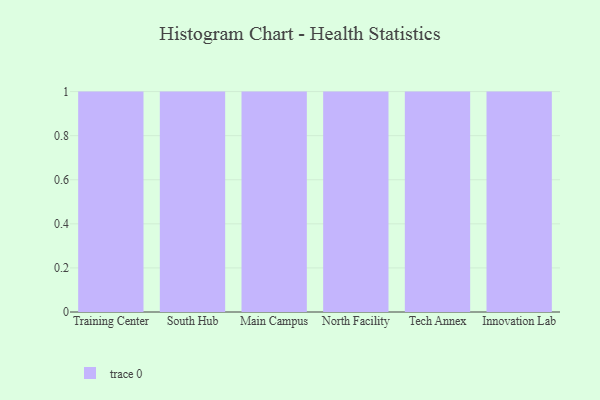
{"axis": {"x": "Campus", "y": "Energy Usage (MWh)"}, "legend": [""], "data": [{"x": "Training Center", "y": 65, "type": ""}, {"x": "South Hub", "y": 81, "type": ""}, {"x": "Main Campus", "y": 75, "type": ""}, {"x": "North Facility", "y": 2, "type": ""}, {"x": "Tech Annex", "y": 66, "type": ""}, {"x": "Innovation Lab", "y": 20, "type": ""}]}